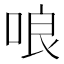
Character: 哴